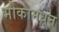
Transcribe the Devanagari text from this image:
भोकामधून